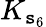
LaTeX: K_{\mathtt{s}_{6}}